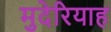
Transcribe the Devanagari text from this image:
मुदेरियाह